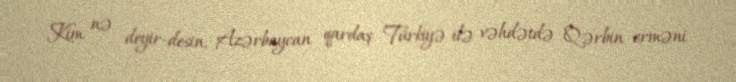
Kim nə deyir-desin, Azərbaycan qardaş Türkiyə ilə vəhdətdə Qərbin erməni